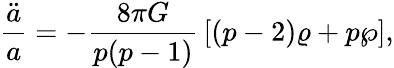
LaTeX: {\frac{\ddot{a}}{a}}=-{\frac{8\pi G}{p(p-1)}}\left[(p-2)\varrho+p\wp\right],